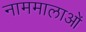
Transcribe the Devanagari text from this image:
नाममालाओं